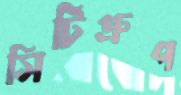
সিটিগ্রুপ